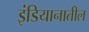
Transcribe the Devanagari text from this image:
इंडियानातील